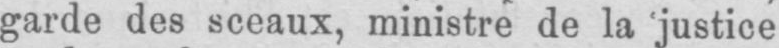
garde des sceaux, ministre de la justice